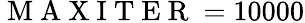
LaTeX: \mathrm{~M~A~X~I~T~E~R~}=10000